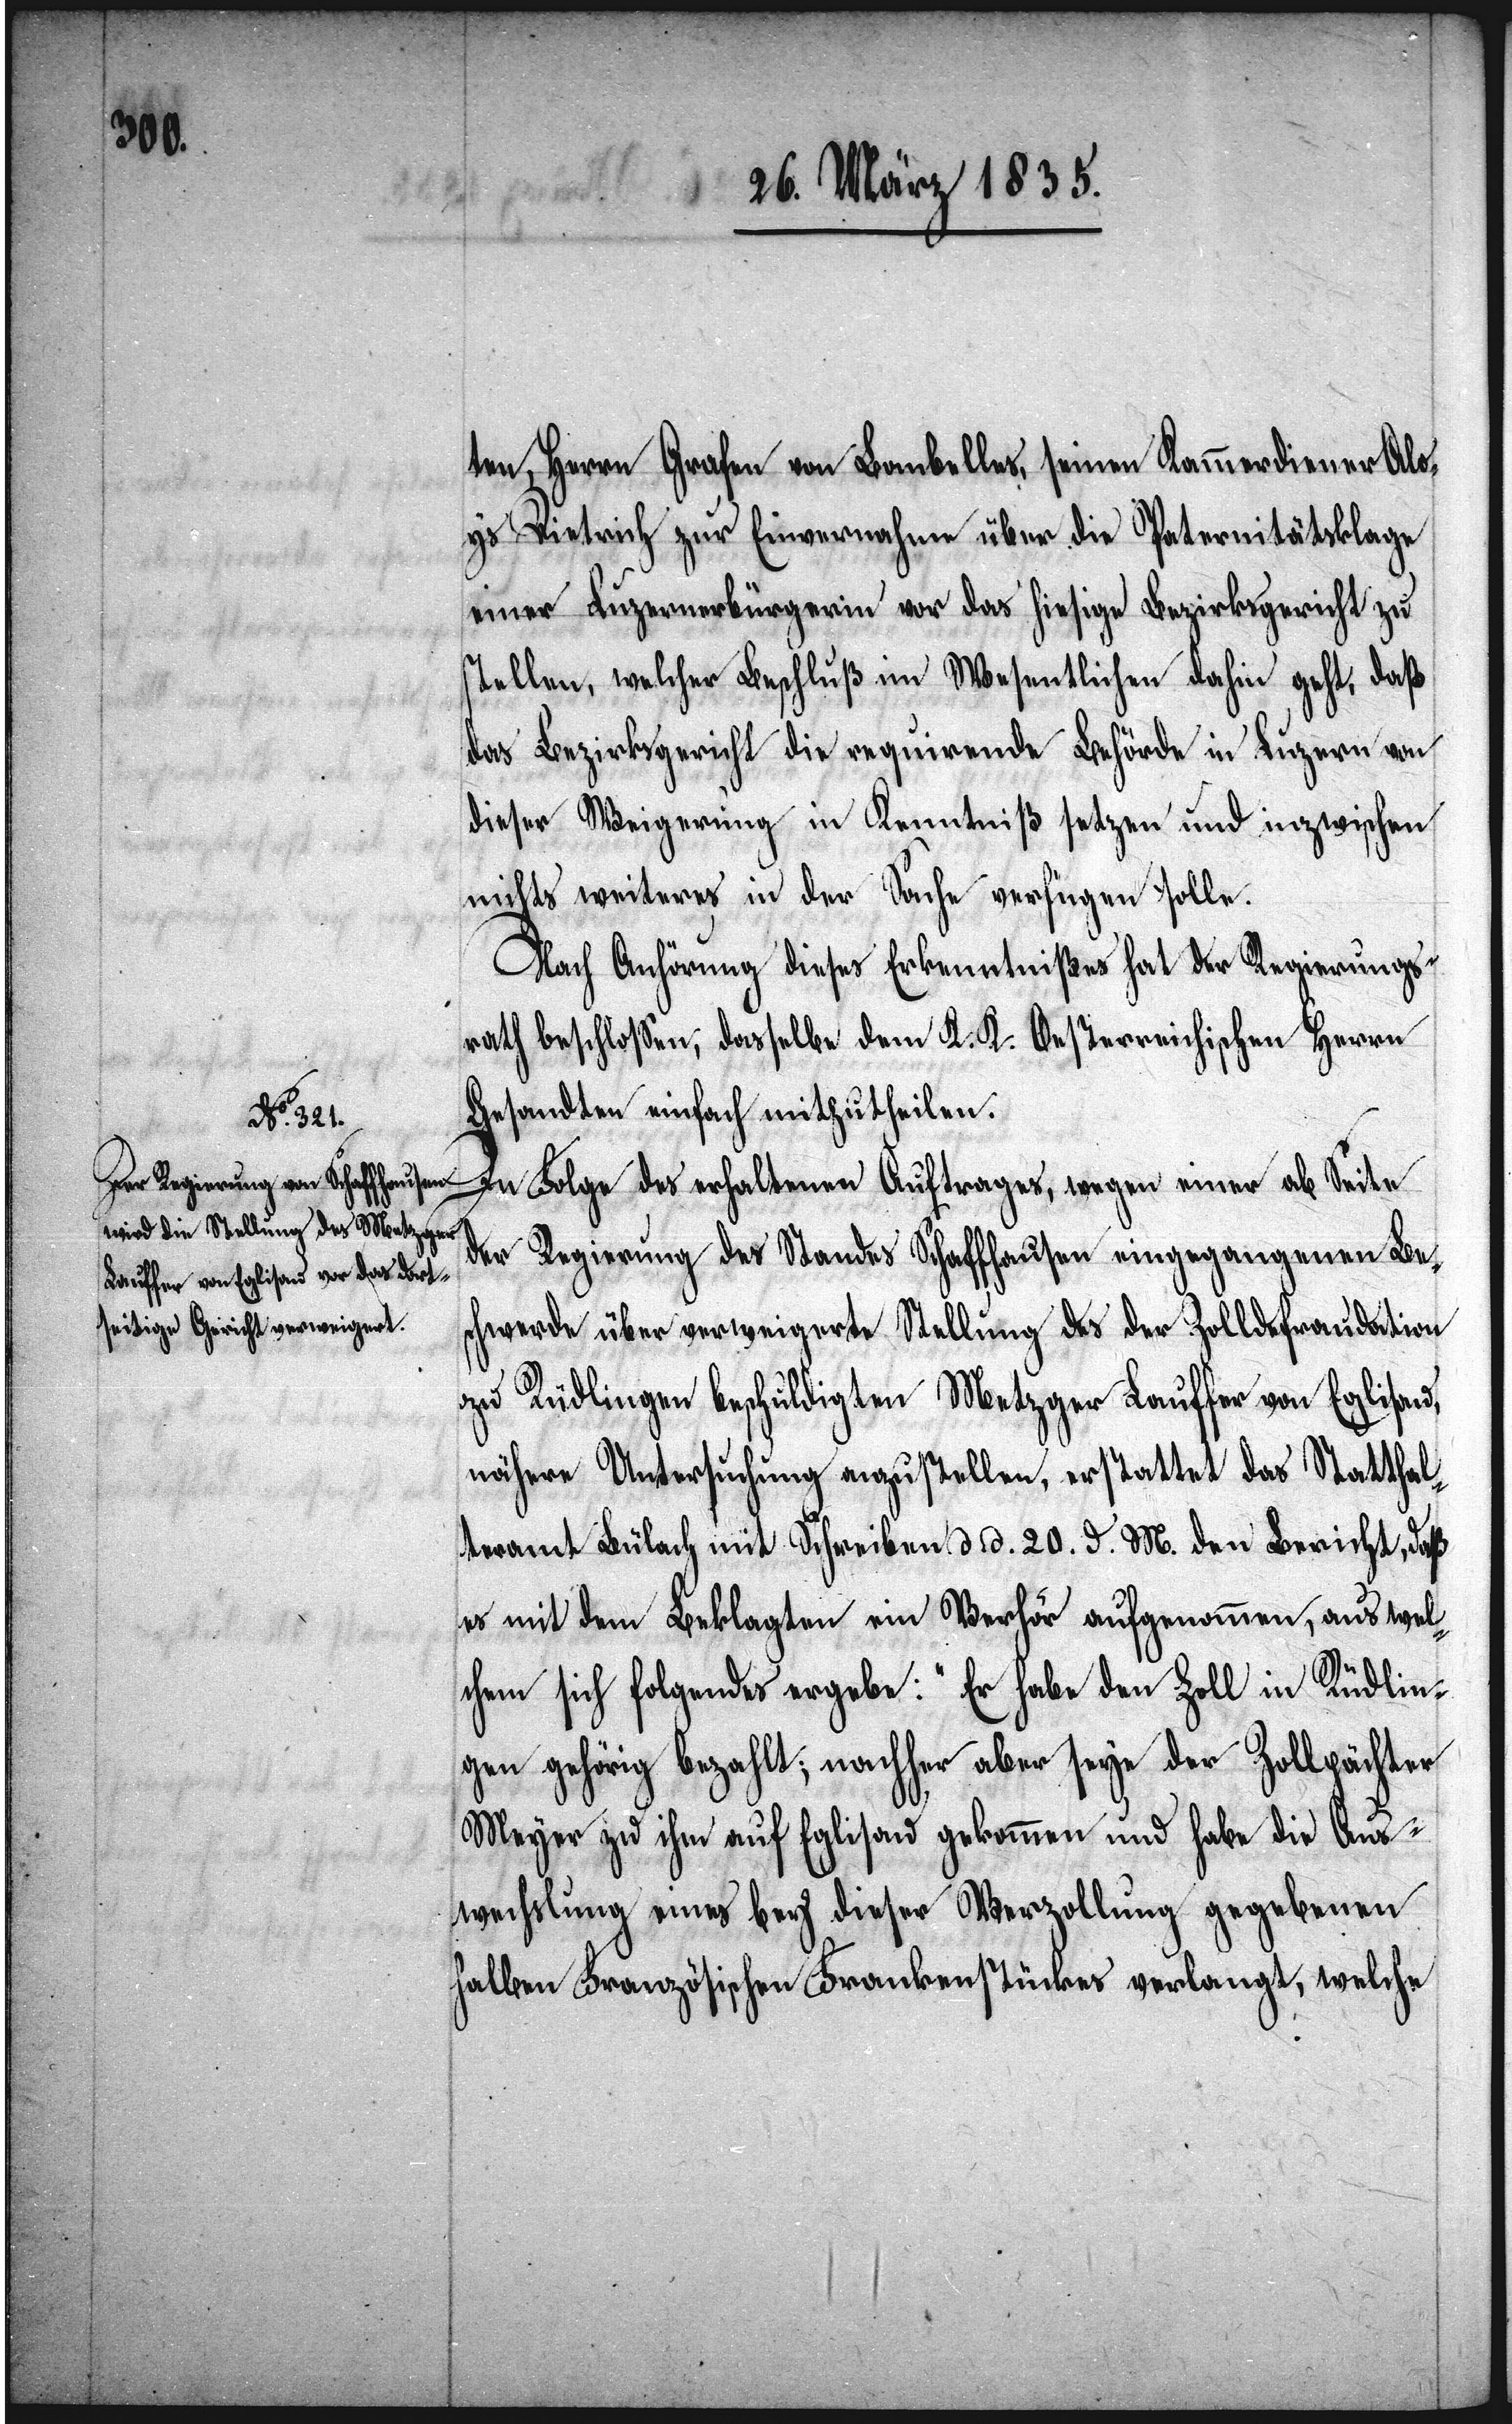
ten, Herrn Grafen von Lombelles, seinen Kammerdiener Alo¬
ys Dietrich zur Einvernahme über die Paternitätsklage
einer Luzernerbürgerin vor das hiesige Bezirksgericht zu
stellen, welcher Beschluß im Wesentlichen dahin geht, daß
das Bezirksgericht die requirende Behörde in Luzern von
dieser Weigerung in Kenntniß setzen und inzwischen
nichts weiteres in der Sache verfügen solle.
Nach Anhörung dieses Erkenntnißes hat der Regierungs¬
rath beschloßen, dasselbe dem K. K. Oesterreichischen Herrn
Gesandten einfach mitzutheilen.
In Folge des erhaltenen Auftrages, wegen einer ab Seite
der Regierung des Standes Schaffhausen eingegangenen Be¬
schwerde über verweigerte Stellung des der Zolldefraudation
zu Rüdlingen beschuldigten Metzger Lauffer von Eglisau,
nähere Untersuchung anzustellen, erstattet das Statthal¬
teramt Bülach mit Schreiben d. d. 20. d. M. den Bericht, daß
es mit dem Beklagten ein Verhör aufgenommen, aus wel¬
chen sich folgendes ergebe: „Er habe den Zoll in Rüdlin¬
gen gehörig bezahlt; nachher aber seye der Zollpächter
Meyer zu ihm auf Eglisau gekommen und habe die Aus¬
wechslung eines bey dieser Verzollung gegebene¬
n Französischen Frankenstückes verlangt, welche